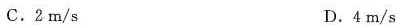
.2m/s D.4m/s